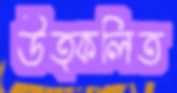
উত্কলিত